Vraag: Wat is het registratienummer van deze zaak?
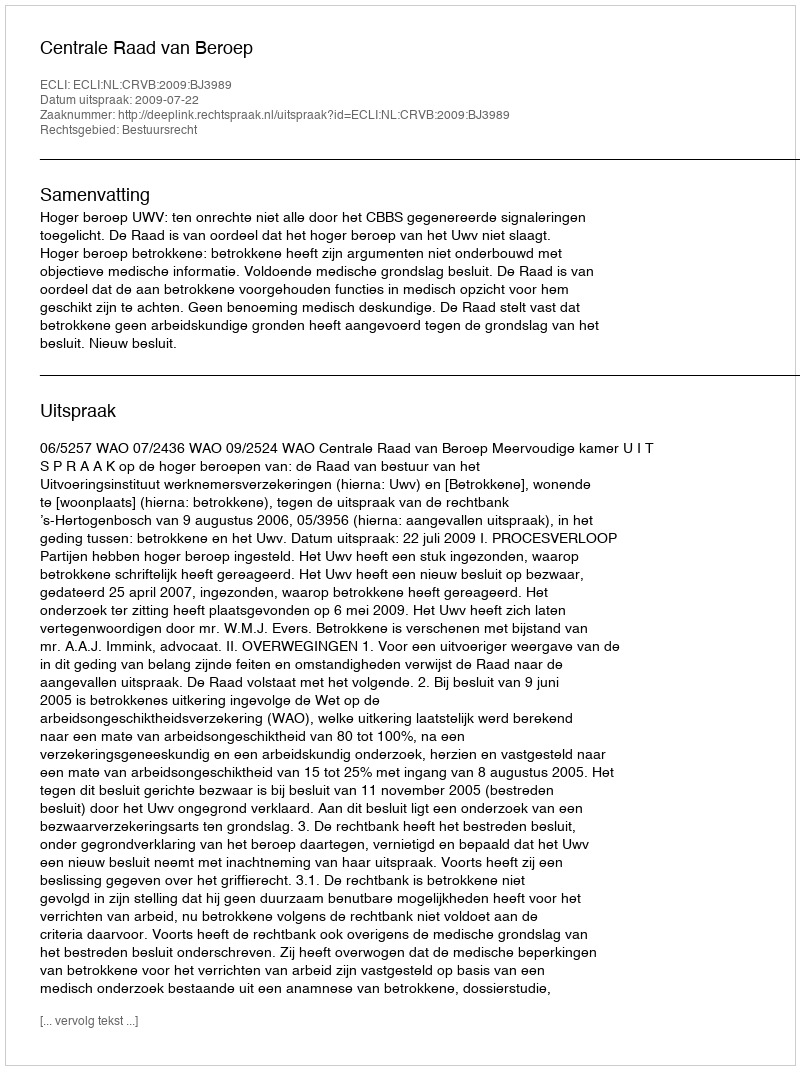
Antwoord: http://deeplink.rechtspraak.nl/uitspraak?id=ECLI:NL:CRVB:2009:BJ3989